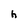
Character: h